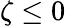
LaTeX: \zeta\leq 0